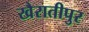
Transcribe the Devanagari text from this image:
खैरातीपुर